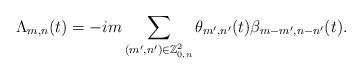
LaTeX: \begin{align*}\Lambda_{m,n} (t) = -i m\sum_{(m',n') \in \mathbb{Z}^2_{0,n}}\theta_{m',n'} (t) \beta_{m-m', n-n'} (t) . \end{align*}